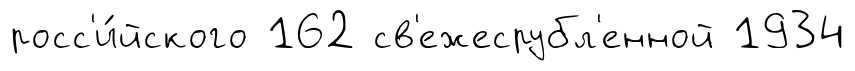
росс'и́йского 162 св'ежесрубл'енной 1934